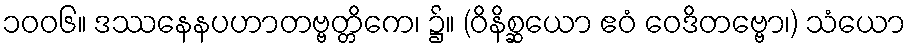
၁၀၀၆။ ဒဿနေနပဟာတဗ္ဗတ္တိကေ၊ ၌။ (ဝိနိစ္ဆယော ဧဝံ ဝေဒိတဗ္ဗော၊) သံယော